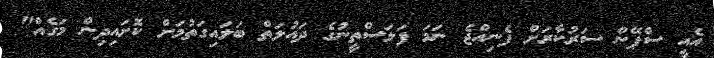
އެއީ ސްޕޭން ސަރުކާރަށް ފެނިއްޖެ ނަމަ ފަލަސްތީނުގެ ދައުލަތް ބަލައިގަތުމަށް ކޮށައިދިން މަގެއް"